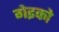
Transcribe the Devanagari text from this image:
गेइको